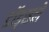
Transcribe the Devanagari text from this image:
डॉड्सले